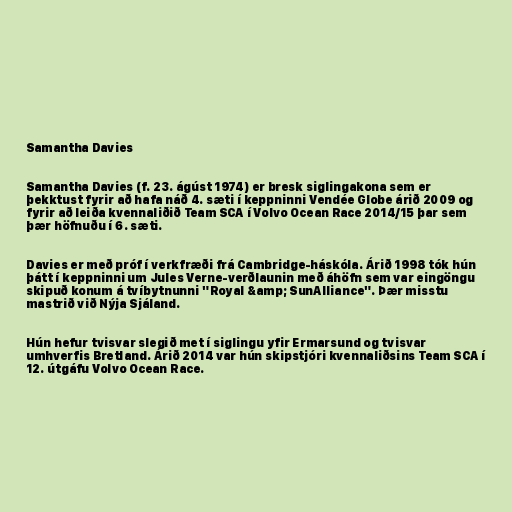
Samantha Davies

Samantha Davies (f. 23. ágúst 1974) er bresk siglingakona sem er
þekktust fyrir að hafa náð 4. sæti í keppninni Vendée Globe árið 2009 og
fyrir að leiða kvennaliðið Team SCA í Volvo Ocean Race 2014/15 þar sem
þær höfnuðu í 6. sæti.

Davies er með próf í verkfræði frá Cambridge-háskóla. Árið 1998 tók hún
þátt í keppninni um Jules Verne-verðlaunin með áhöfn sem var eingöngu
skipuð konum á tvíbytnunni "Royal &amp; SunAlliance". Þær misstu
mastrið við Nýja Sjáland.

Hún hefur tvisvar slegið met í siglingu yfir Ermarsund og tvisvar
umhverfis Bretland. Árið 2014 var hún skipstjóri kvennaliðsins Team SCA í
12. útgáfu Volvo Ocean Race.